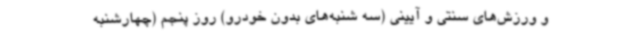
و ورزش‌های سنتی و آیینی (سه شنبه‌های بدون خودرو) روز پنجم (چهارشنبه